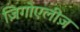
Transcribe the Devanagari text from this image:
ज़िगोएलीज़